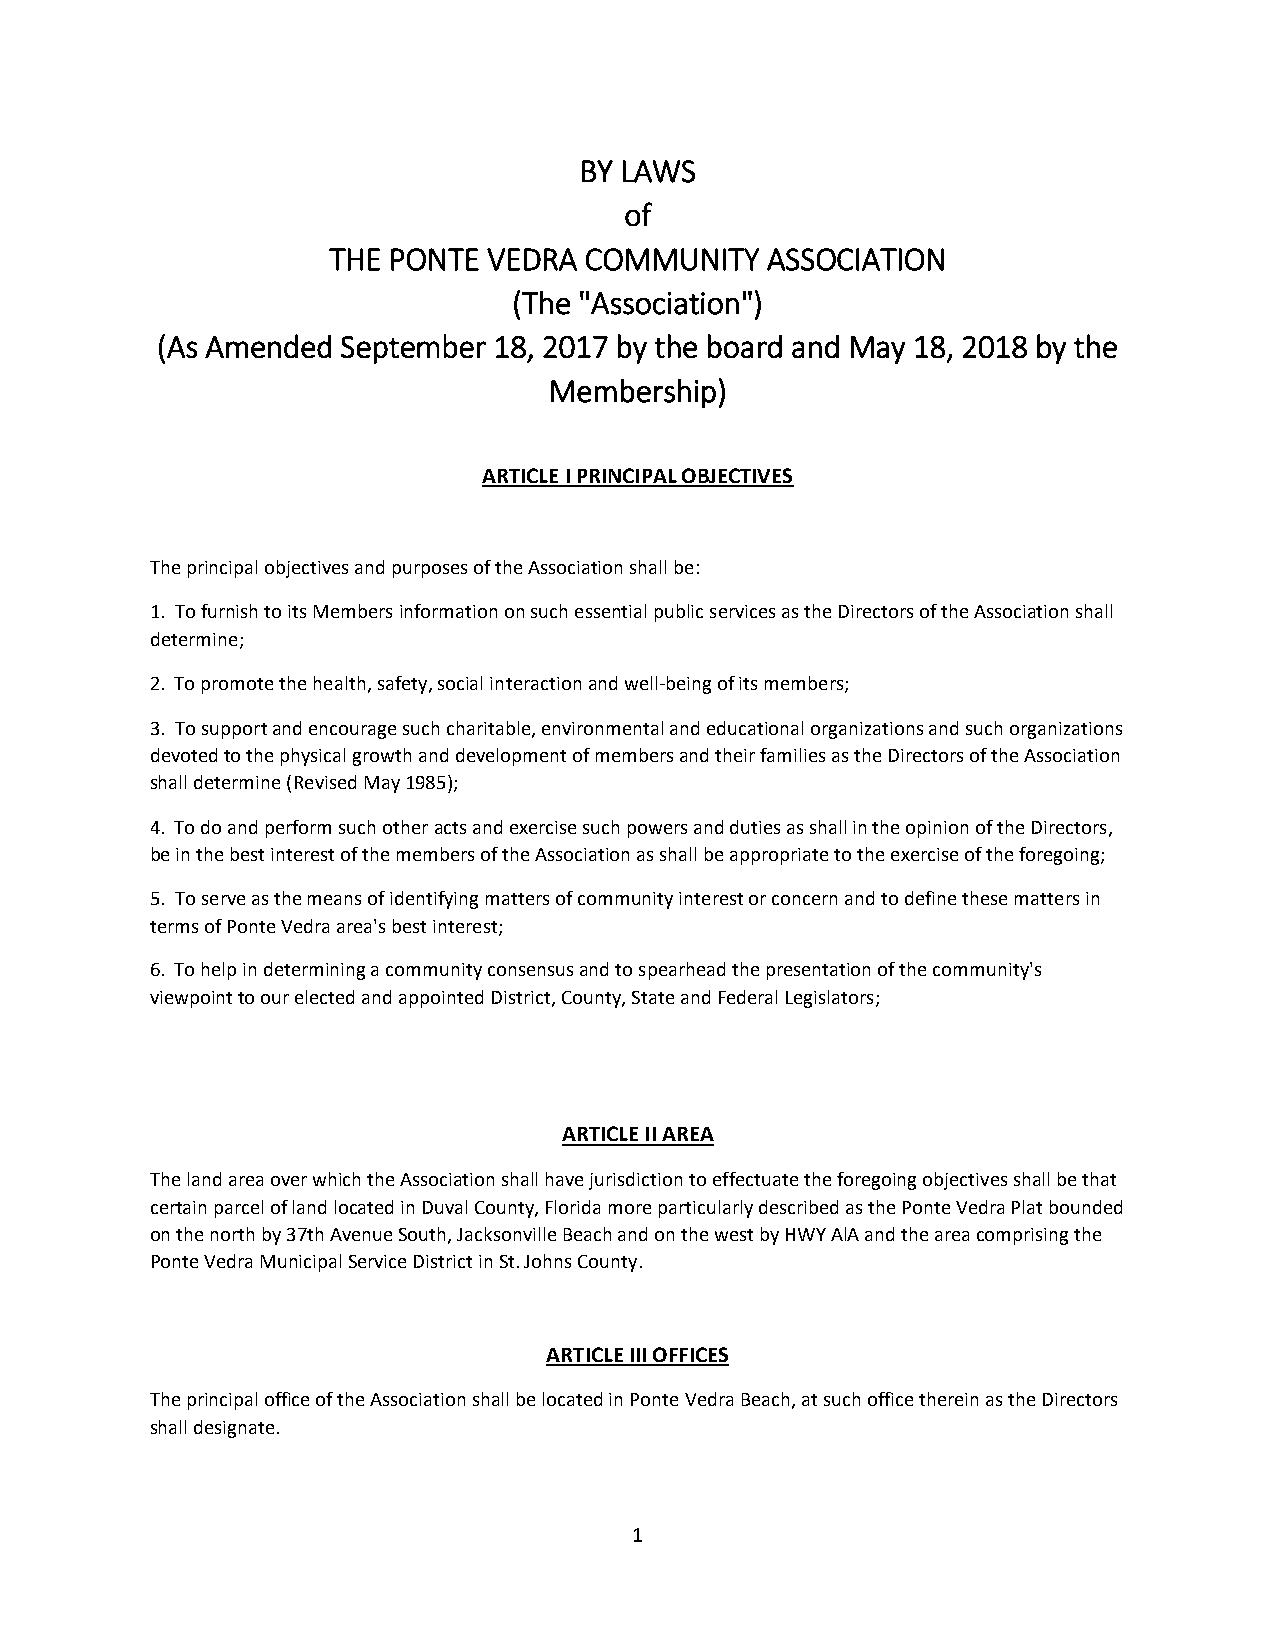
BY LAWS
 of
 THE PONTE VEDRA  COMMUNITY   ASSOCIATION
 (The "Association")
 (As Amended  September 18, 2017 by the board and May 18, 2018 by the
 Membership)
 ARTICLE I PRINCIPAL OBJECTIVES
 The principal objectives and purposes of the Association shall be:
 1. To furnish to its Members information on such essential public services as the Directors of the Association shall
 determine;
 2. To promote the health, safety, social interaction and well-being of its members;
 3. To support and encourage such charitable, environmental and educational organizations and such organizations
 devoted to the physical growth and development of members and their families as the Directors of the Association
 shall determine (Revised May 1985);
 4. To do and perform such other acts and exercise such powers and duties as shall in the opinion of the Directors,
 be in the best interest of the members of the Association as shall be appropriate to the exercise of the foregoing;
 5. To serve as the means of identifying matters of community interest or concern and to define these matters in
 terms of Ponte Vedra area's best interest;
 6. To help in determining a community consensus and to spearhead the presentation of the community's
 viewpoint to our elected and appointed District, County, State and Federal Legislators;
 ARTICLE II AREA
 The land area over which the Association shall have jurisdiction to effectuate the foregoing objectives shall be that
 certain parcel of land located in Duval County, Florida more particularly described as the Ponte Vedra Plat bounded
 on the north by 37th Avenue South, Jacksonville Beach and on the west by HWY AlA and the area comprising the
 Ponte Vedra Municipal Service District in St. Johns County.
 ARTICLE III OFFICES
 The principal office of the Association shall be located in Ponte Vedra Beach, at such office therein as the Directors
 shall designate.
 1